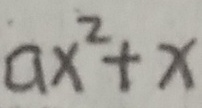
a x ^ { 2 } + x